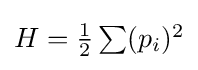
{\textstyle H={\frac {1}{2}}\sum (p_{i})^{2}}